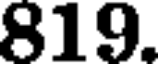
819.